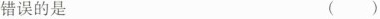
错误的是 ( )